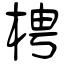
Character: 梬